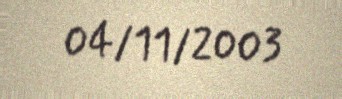
04/11/2003